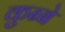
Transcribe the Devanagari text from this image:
कुब्बे